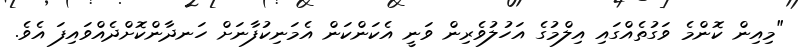
"މިއިން ކޮންމެ ވަގުތެއްގައި އިލްމުގެ އަހުލުވެރިން ވަނީ އެކަންކަން އެމަނިކުފާނަށް ހަނދާންކޮށްދެއްވައިފަ އެވެ.